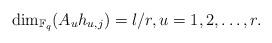
LaTeX: \begin{align*}\dim_{\mathbb{F}_q}(A_u h_{u,j})=l/r, u=1,2,\dots,r.\end{align*}